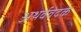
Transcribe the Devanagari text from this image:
अथर्ववेदके